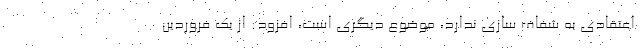
اعتقادی به شفاف سازی ندارد، موضوع دیگری است، افزود: از یک فروردین